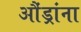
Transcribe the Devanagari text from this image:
औंड्रांना